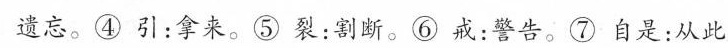
遗忘。④引：拿来。⑤裂：割断。⑥戒：警告。⑦自是：从此。